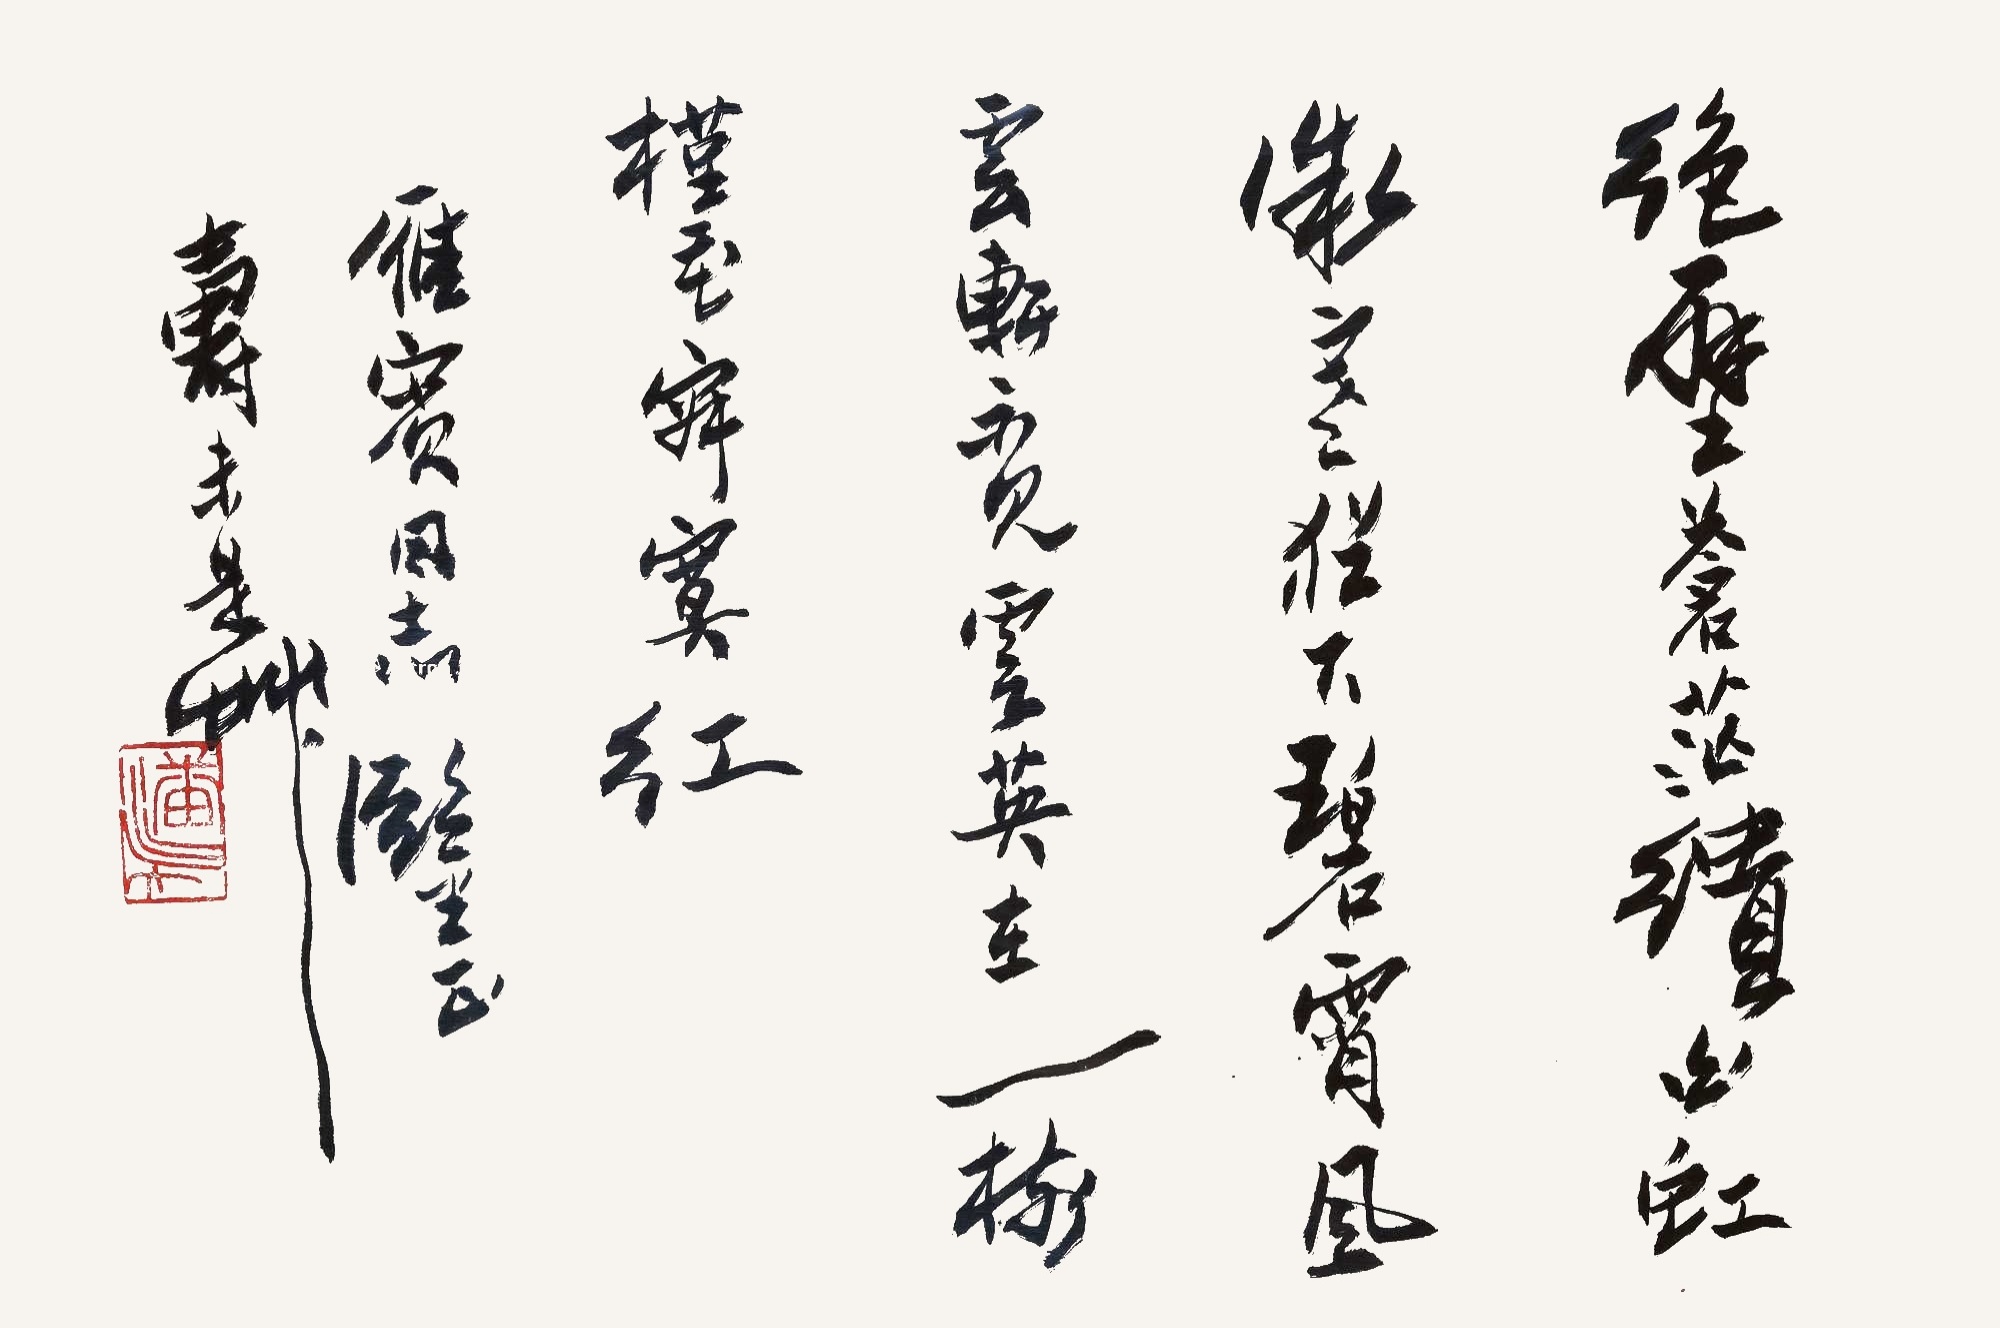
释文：绝壁苍茫绘白虹，微寒犹下碧霄风。云轩不见云英在，一树槿花寂寞红。雁宾同志鉴正，寿未是草。